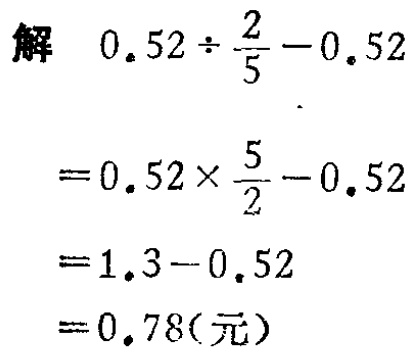
解 \(0.52\div\frac{2}{5}-0.52\)

\(=0.52\times\frac{5}{2}-0.52\)

\(=1.3 - 0.52\)

\(=0.78(\text{元})\)